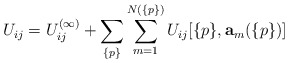
\begin{align*}U_{ij}=U^{(\infty)}_{ij}+\sum_{\{p\}}\sum^{N(\{p\})}_{m=1}U_{ij}[\{p\},{\bf a}_m(\{p\})]\end{align*}